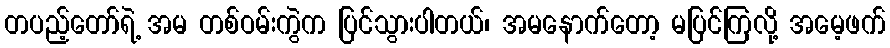
တပည့်တော်ရဲ့ အမ တစ်ဝမ်းကွဲက ပြင်သွားပါတယ်၊ အမနောက်တော့ မပြင်ကြလို့ အမေ့ဖက်